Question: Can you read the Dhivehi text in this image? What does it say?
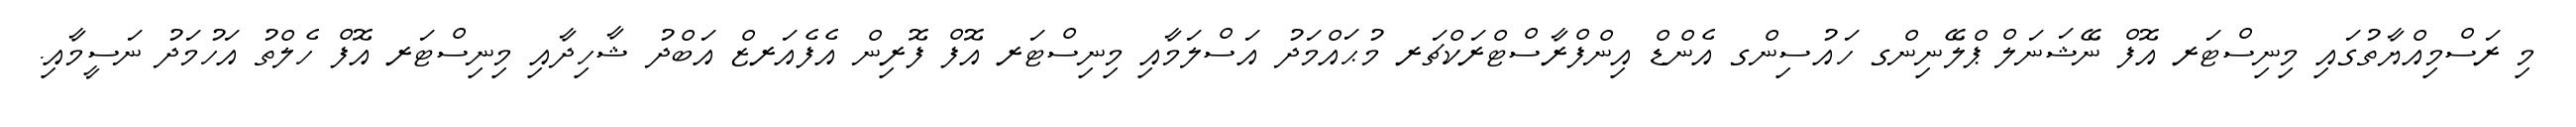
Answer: މި ރަސްމިއްޔާތުގައި މިނިސްޓަރ އޮފް ނޭޝަނަލް ޕްލޭނިންގ ހައުސިންގ އެންޑް އިންފްރާސްޓްރަކްޗަރ މުޙައްމަދު އަސްލަމާއި މިނިސްޓަރ އޮފް ފޮރިން އެފެއަރޒް އަބްދު ޝާހިދާއި މިނިސްޓަރ އޮފް ހެލްތު އަހުމަދު ނަސީމާއި.